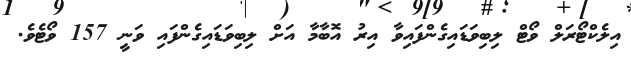
އިލެކްޓޯރަލް ވޯޓް ލިބިވަޑައިގެންފައިވާ އިރު އޮބާމާ އަށް ލިބިވަޑައިގެންފައި ވަނީ 157 ވޯޓެވެ.